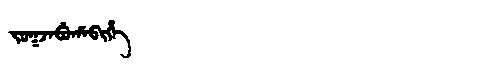
Manchu: ᠵᠣᡴᠵᠠᠪᡠᡥᠠᠪᡳᡥᡝ
Romanization: JOKJABUHABIHE